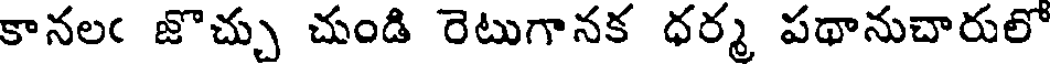
కానలఁ జొచ్చు చుండి రెటుగానక ధర్మ పథానుచారులో